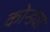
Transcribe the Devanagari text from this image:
कोन्डवा